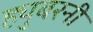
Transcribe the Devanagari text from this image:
ह्युबरनी